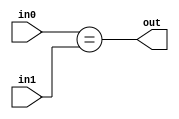
`ifndef MODULE_COMPARISON
`define MODULE_COMPARISON
`timescale 1ns / 1ps

module Comparison(
    in0, in1, out
);

    parameter size = 32;
    input [size - 1:0] in0, in1;
    output out;
    assign out = (in0 == in1);

endmodule
`endif